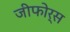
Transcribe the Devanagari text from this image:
जीफोर्स